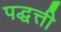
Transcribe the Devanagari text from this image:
पद्धत्ती